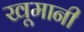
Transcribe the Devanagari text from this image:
खूमानी